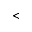
<